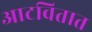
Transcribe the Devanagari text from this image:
आटवितात